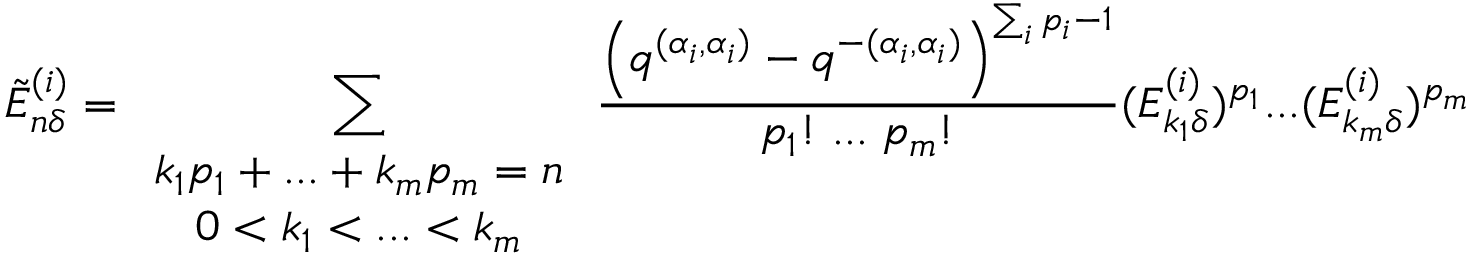
\tilde { E } _ { n \delta } ^ { ( i ) } = \sum _ { \begin{array} { c } { { k _ { 1 } p _ { 1 } + . . . + k _ { m } p _ { m } = n } } \\ { { 0 < k _ { 1 } < . . . < k _ { m } } } \end{array} } \frac { \left( q ^ { ( \alpha _ { i } , \alpha _ { i } ) } - q ^ { - ( \alpha _ { i } , \alpha _ { i } ) } \right) ^ { \sum _ { i } p _ { i } - 1 } } { p _ { 1 } ! \; . . . \; p _ { m } ! } ( E _ { k _ { 1 } \delta } ^ { ( i ) } ) ^ { p _ { 1 } } . . . ( E _ { k _ { m } \delta } ^ { ( i ) } ) ^ { p _ { m } }